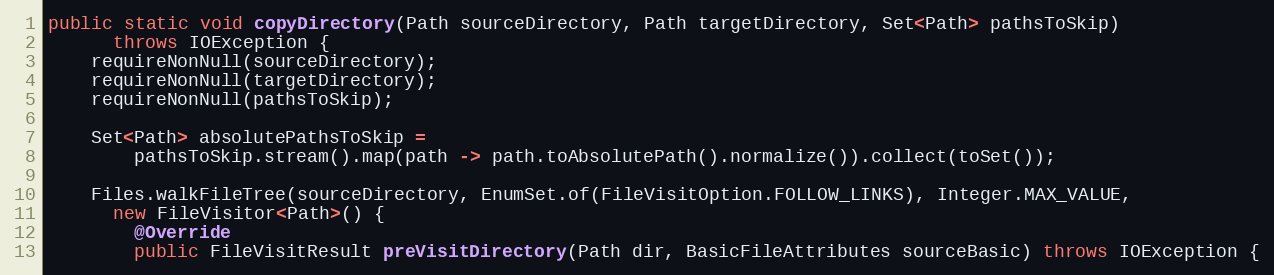
Language: Java
public static void copyDirectory(Path sourceDirectory, Path targetDirectory, Set<Path> pathsToSkip)
      throws IOException {
    requireNonNull(sourceDirectory);
    requireNonNull(targetDirectory);
    requireNonNull(pathsToSkip);

    Set<Path> absolutePathsToSkip =
        pathsToSkip.stream().map(path -> path.toAbsolutePath().normalize()).collect(toSet());

    Files.walkFileTree(sourceDirectory, EnumSet.of(FileVisitOption.FOLLOW_LINKS), Integer.MAX_VALUE,
      new FileVisitor<Path>() {
        @Override
        public FileVisitResult preVisitDirectory(Path dir, BasicFileAttributes sourceBasic) throws IOException {